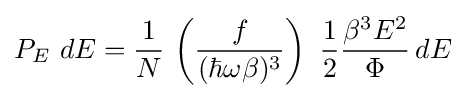
P_{E}~dE={\frac {1}{N}}\,\left({\frac {f}{(\hbar \omega \beta )^{3}}}\right)~{\frac {1}{2}}{\frac {\beta ^{3}E^{2}}{\Phi }}\,dE